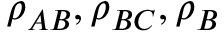
\rho _ { A B } , \rho _ { B C } , \rho _ { B }